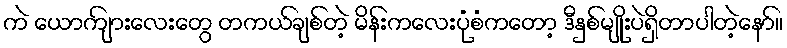
ကဲ ယောကျ်ားလေးတွေ တကယ်ချစ်တဲ့ မိန်းကလေးပုံစံကတော့ ဒီနှစ်မျိုးပဲရှိတာပါတဲ့နော်။